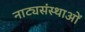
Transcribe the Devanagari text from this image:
नाट्यसंस्थाओं